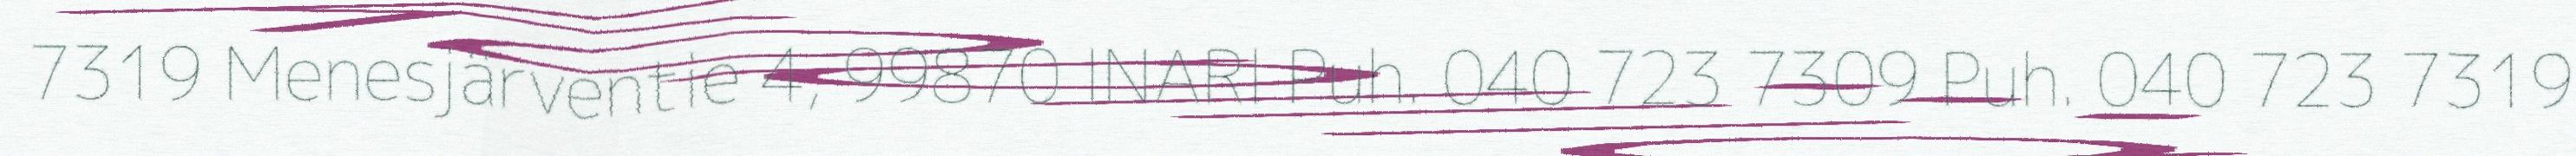
7319 Menesjärventie 4, 99870 INARI Puh. 040 723 7309 Puh. 040 723 7319